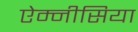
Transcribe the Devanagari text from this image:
ऐम्नीसिया